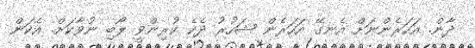
ދާން. އަހަރެންނަށް އެނގޭ އަހަރެން ޝަހުރު ދެކެ ކުރިންވީ ލޯބި ނުވާކަށް. އެކަން